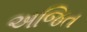
અજિત